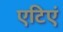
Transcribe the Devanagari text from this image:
एटिएं